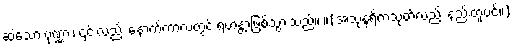
ဆဲသော ပုဏ္ဏား၊ ၎င်းလည်း နောက်ကာလတွင် ရဟန္တာဖြစ်သွားသည်။ ။(အသုန္ဒရိကသုတ်လည်း နည်းတူပင်။)